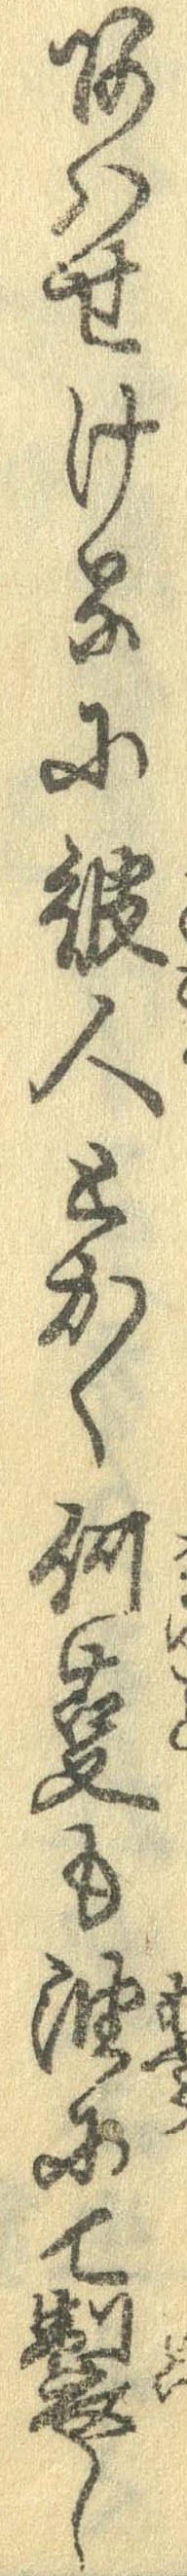
あはせけるに彼人とかく何事も油にて製し